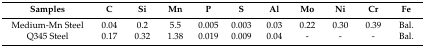
<table><thead><tr><td><b>Samples</b></td><td><b>C</b></td><td><b>Si</b></td><td><b>Mn</b></td><td><b>P</b></td><td><b>S</b></td><td><b>Al</b></td><td><b>Mo</b></td><td><b>Ni</b></td><td><b>Cr</b></td><td><b>Fe</b></td></tr></thead><tbody><tr><td>Medium-Mn Steel</td><td>0.04</td><td>0.2</td><td>5.5</td><td>0.005</td><td>0.003</td><td>0.03</td><td>0.22</td><td>0.30</td><td>0.39</td><td>Bal.</td></tr><tr><td>Q345 Steel</td><td>0.17</td><td>0.32</td><td>1.38</td><td>0.019</td><td>0.009</td><td>0.04</td><td>-</td><td>-</td><td>-</td><td>Bal.</td></tr></tbody></table>